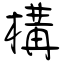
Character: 構